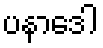
ပနာဒေါ